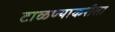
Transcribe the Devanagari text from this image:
टाळण्याकरीता